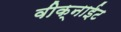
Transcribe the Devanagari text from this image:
वीक्नाईट